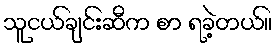
သူငယ်ချင်းဆီက စာ ရခဲ့တယ်။